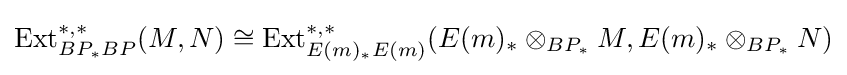
{\text{Ext}}_{BP_{*}BP}^{*,*}(M,N)\cong {\text{Ext}}_{E(m)_{*}E(m)}^{*,*}(E(m)_{*}\otimes _{BP_{*}}M,E(m)_{*}\otimes _{BP_{*}}N)